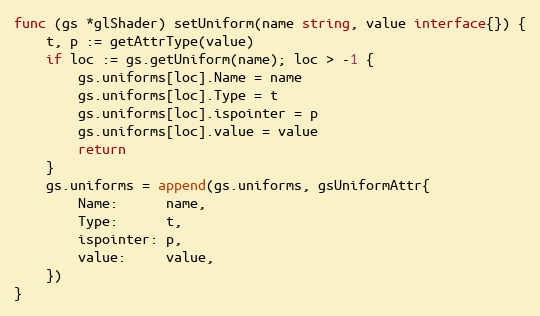
Language: Go
func (gs *glShader) setUniform(name string, value interface{}) {
	t, p := getAttrType(value)
	if loc := gs.getUniform(name); loc > -1 {
		gs.uniforms[loc].Name = name
		gs.uniforms[loc].Type = t
		gs.uniforms[loc].ispointer = p
		gs.uniforms[loc].value = value
		return
	}
	gs.uniforms = append(gs.uniforms, gsUniformAttr{
		Name:      name,
		Type:      t,
		ispointer: p,
		value:     value,
	})
}